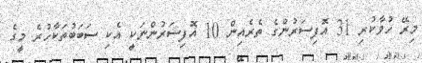
މިރޭ ހުވާކުރި 31 އޮފިސަރުންގެ ތެރެއިން 10 އޮފިސަރުންނަކީ އެކި ސަބަބުތަކާހުރެ މީގެ